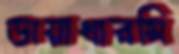
ডায়াথারমি